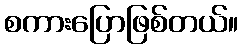
စကားပြောဖြစ်တယ်။